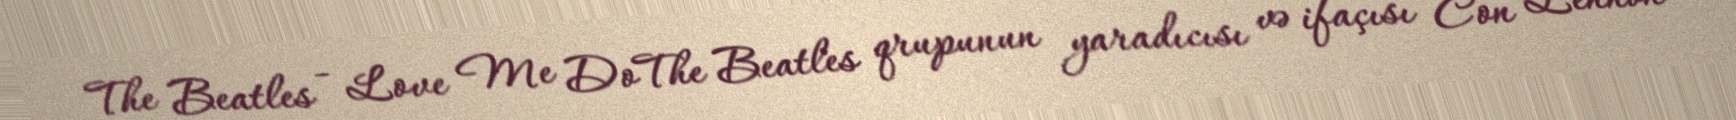
The Beatles - Love Me DoThe Beatles qrupunun yaradıcısı və ifaçısı Con Lennon